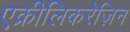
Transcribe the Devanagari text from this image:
एक्रीलिकरेज़िन